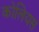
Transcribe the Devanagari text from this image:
कोलियस